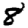
Digit: 8